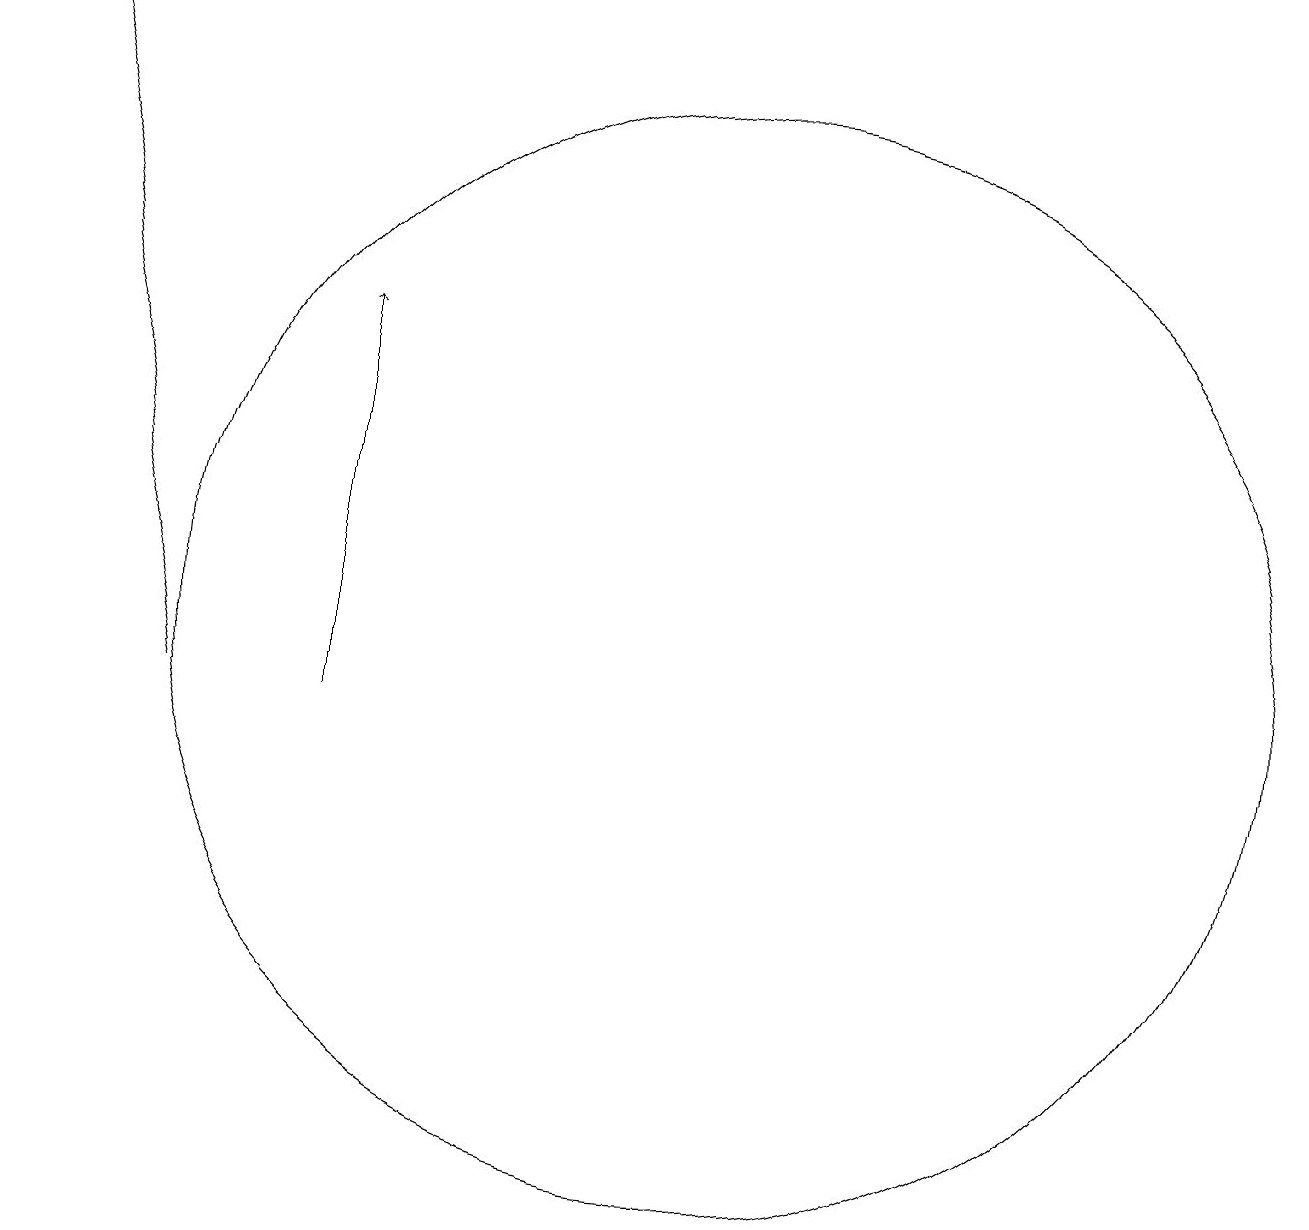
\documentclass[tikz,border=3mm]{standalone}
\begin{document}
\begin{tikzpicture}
\draw[->] (4,10) -- (2,19);
\draw[->] (6,10) -- (6,15);
\draw (11,11) circle (7);
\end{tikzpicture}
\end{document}